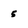
Character: 5